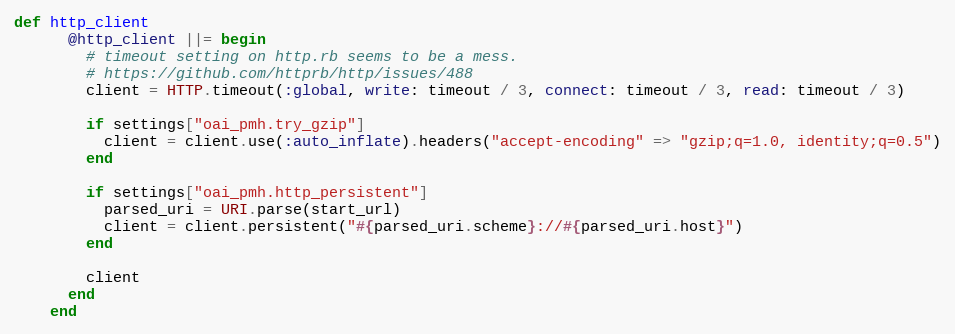
Language: Ruby
def http_client
      @http_client ||= begin
        # timeout setting on http.rb seems to be a mess.
        # https://github.com/httprb/http/issues/488
        client = HTTP.timeout(:global, write: timeout / 3, connect: timeout / 3, read: timeout / 3)

        if settings["oai_pmh.try_gzip"]
          client = client.use(:auto_inflate).headers("accept-encoding" => "gzip;q=1.0, identity;q=0.5")
        end

        if settings["oai_pmh.http_persistent"]
          parsed_uri = URI.parse(start_url)
          client = client.persistent("#{parsed_uri.scheme}://#{parsed_uri.host}")
        end

        client
      end
    end